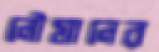
নৌযানের